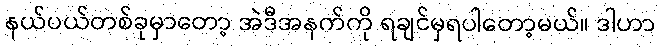
နယ်ပယ်တစ်ခုမှာတော့ အဲဒီအနက်ကို ရချင်မှရပါတော့မယ်။ ဒါဟာ